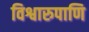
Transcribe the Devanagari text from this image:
विश्वारुपाणि